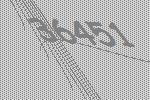
36451